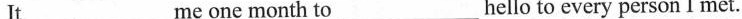
It_ me one month to _hello to every person I met.